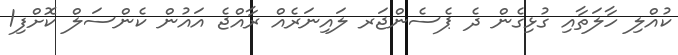
ކުއްލި ހާލަތާއި ގުޅިގެން ދެ ޕެސެންޖަރ ލައިނަރެއް ރާއްޖެ އައުން ކެންސަލް ކޮށްފި1